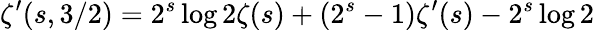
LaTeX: \zeta^{\prime}(s,3/2)=2^{s}\log 2\zeta(s)+(2^{s}-1)\zeta^{\prime}(s)-2^{s}\log 2